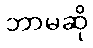
ဘာမဆို